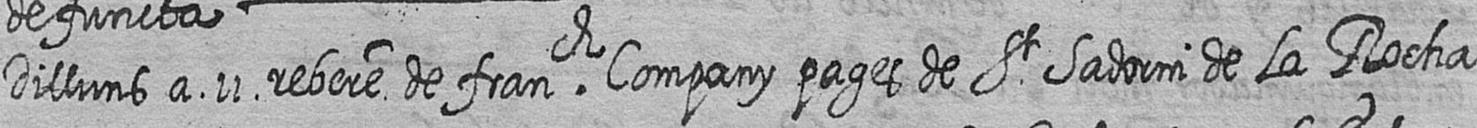
Dilluns a 11 rebere de franch Company pages de St Sadorni de la Rocha